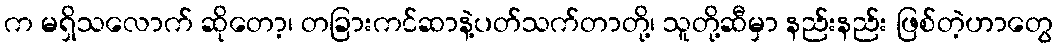
က မရှိသလောက် ဆိုတော့၊ တခြားကင်ဆာနဲ့ပတ်သက်တာတို့၊ သူတို့ဆီမှာ နည်းနည်း ဖြစ်တဲ့ဟာတွေ